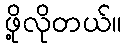
ဖို့လိုတယ်။